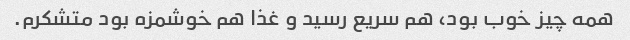
همه چیز خوب بود، هم سریع رسید و غذا هم خوشمزه بود متشکرم.